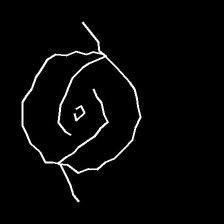
Glyph: repetition